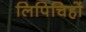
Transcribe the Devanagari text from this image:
लिपिचिहों